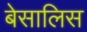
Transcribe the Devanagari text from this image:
बेसालिस